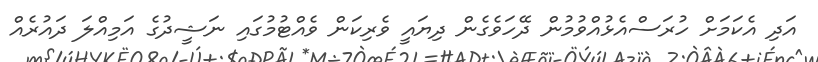
އަދި އެކަމަށް ހުރަސްއެޅުއްވުމުން ދޭހަވެގެން ދިޔައީ ވެރިކަން ވެއްޓުމުގައި ނަޝީދުގެ އަމިއްލަ ދައުރެއް